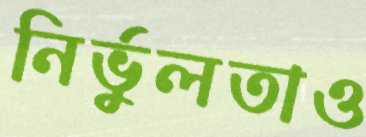
নির্ভুলতাও